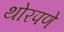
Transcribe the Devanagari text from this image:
थोरपणे